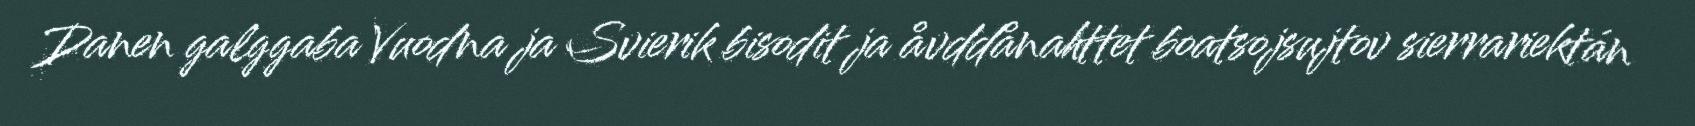
Danen galggaba Vuodna ja Svierik bisodit ja åvddånahttet boatsojsujtov sierrariektán